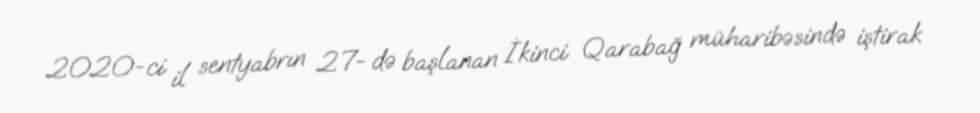
2020-ci il sentyabrın 27- də başlanan İkinci Qarabağ müharibəsində iştirak